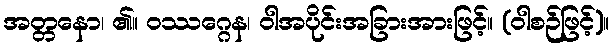
အတ္တနော၊ ၏။ ဝဿဂ္ဂေန၊ ဝါအပိုင်းအခြားအားဖြင့်။ (ဝါစဉ်ဖြင့်)။